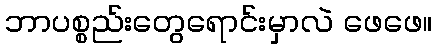
ဘာပစ္စည်းတွေရောင်းမှာလဲ ဖေဖေ။